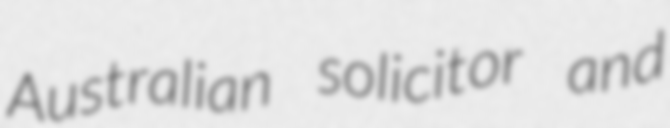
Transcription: Australian solicitor and